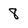
Character: 8